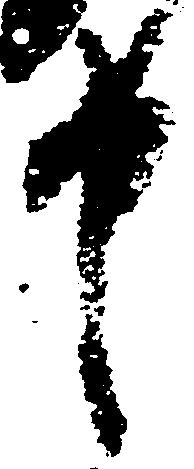
申